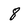
Character: 8